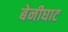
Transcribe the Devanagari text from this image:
बेनीघाट